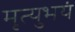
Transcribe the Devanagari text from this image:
मृत्युभयं